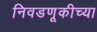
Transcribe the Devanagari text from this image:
निवडणूकीच्या